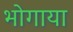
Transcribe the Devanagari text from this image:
भोगाया